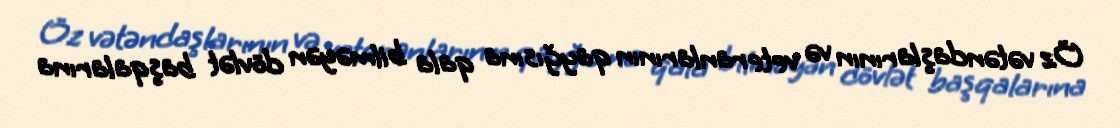
Öz vətəndaşlarının və veteranlarının qayğısına qala bilməyən dövlət başqalarına